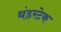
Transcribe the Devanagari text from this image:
थंडरटेक